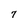
Character: 7